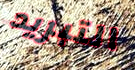
التبريد